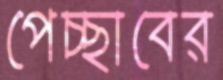
পেচ্ছাবের